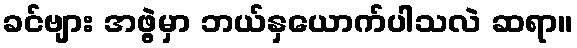
ခင်ဗျား အဖွဲ့မှာ ဘယ်နှယောက်ပါသလဲ ဆရာ။